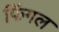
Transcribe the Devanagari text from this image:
फिंगल